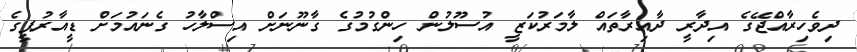
ދިވެހިރާއްޖޭގެ އިދާރީ ދާއިރާތައް ލާމަރުކަޒީ އުސޫލުން ހިންގުމުގެ ގާނޫނަށް އިސްލާހު ގެނައުމަށް ޑީއާރުޕީގެ